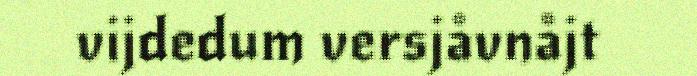
vijdedum versjåvnåjt